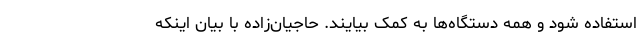
استفاده شود و همه دستگاه‌ها به کمک بیایند. حاجیان‌زاده با بیان اینکه